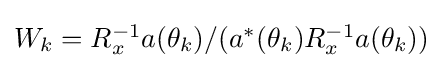
\textstyle W_{k}=R_{x}^{-1}a(\theta _{k})/(a^{*}(\theta _{k})R_{x}^{-1}a(\theta _{k}))